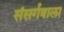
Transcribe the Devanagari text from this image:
संसर्गवाला